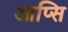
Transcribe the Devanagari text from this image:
आप्सि